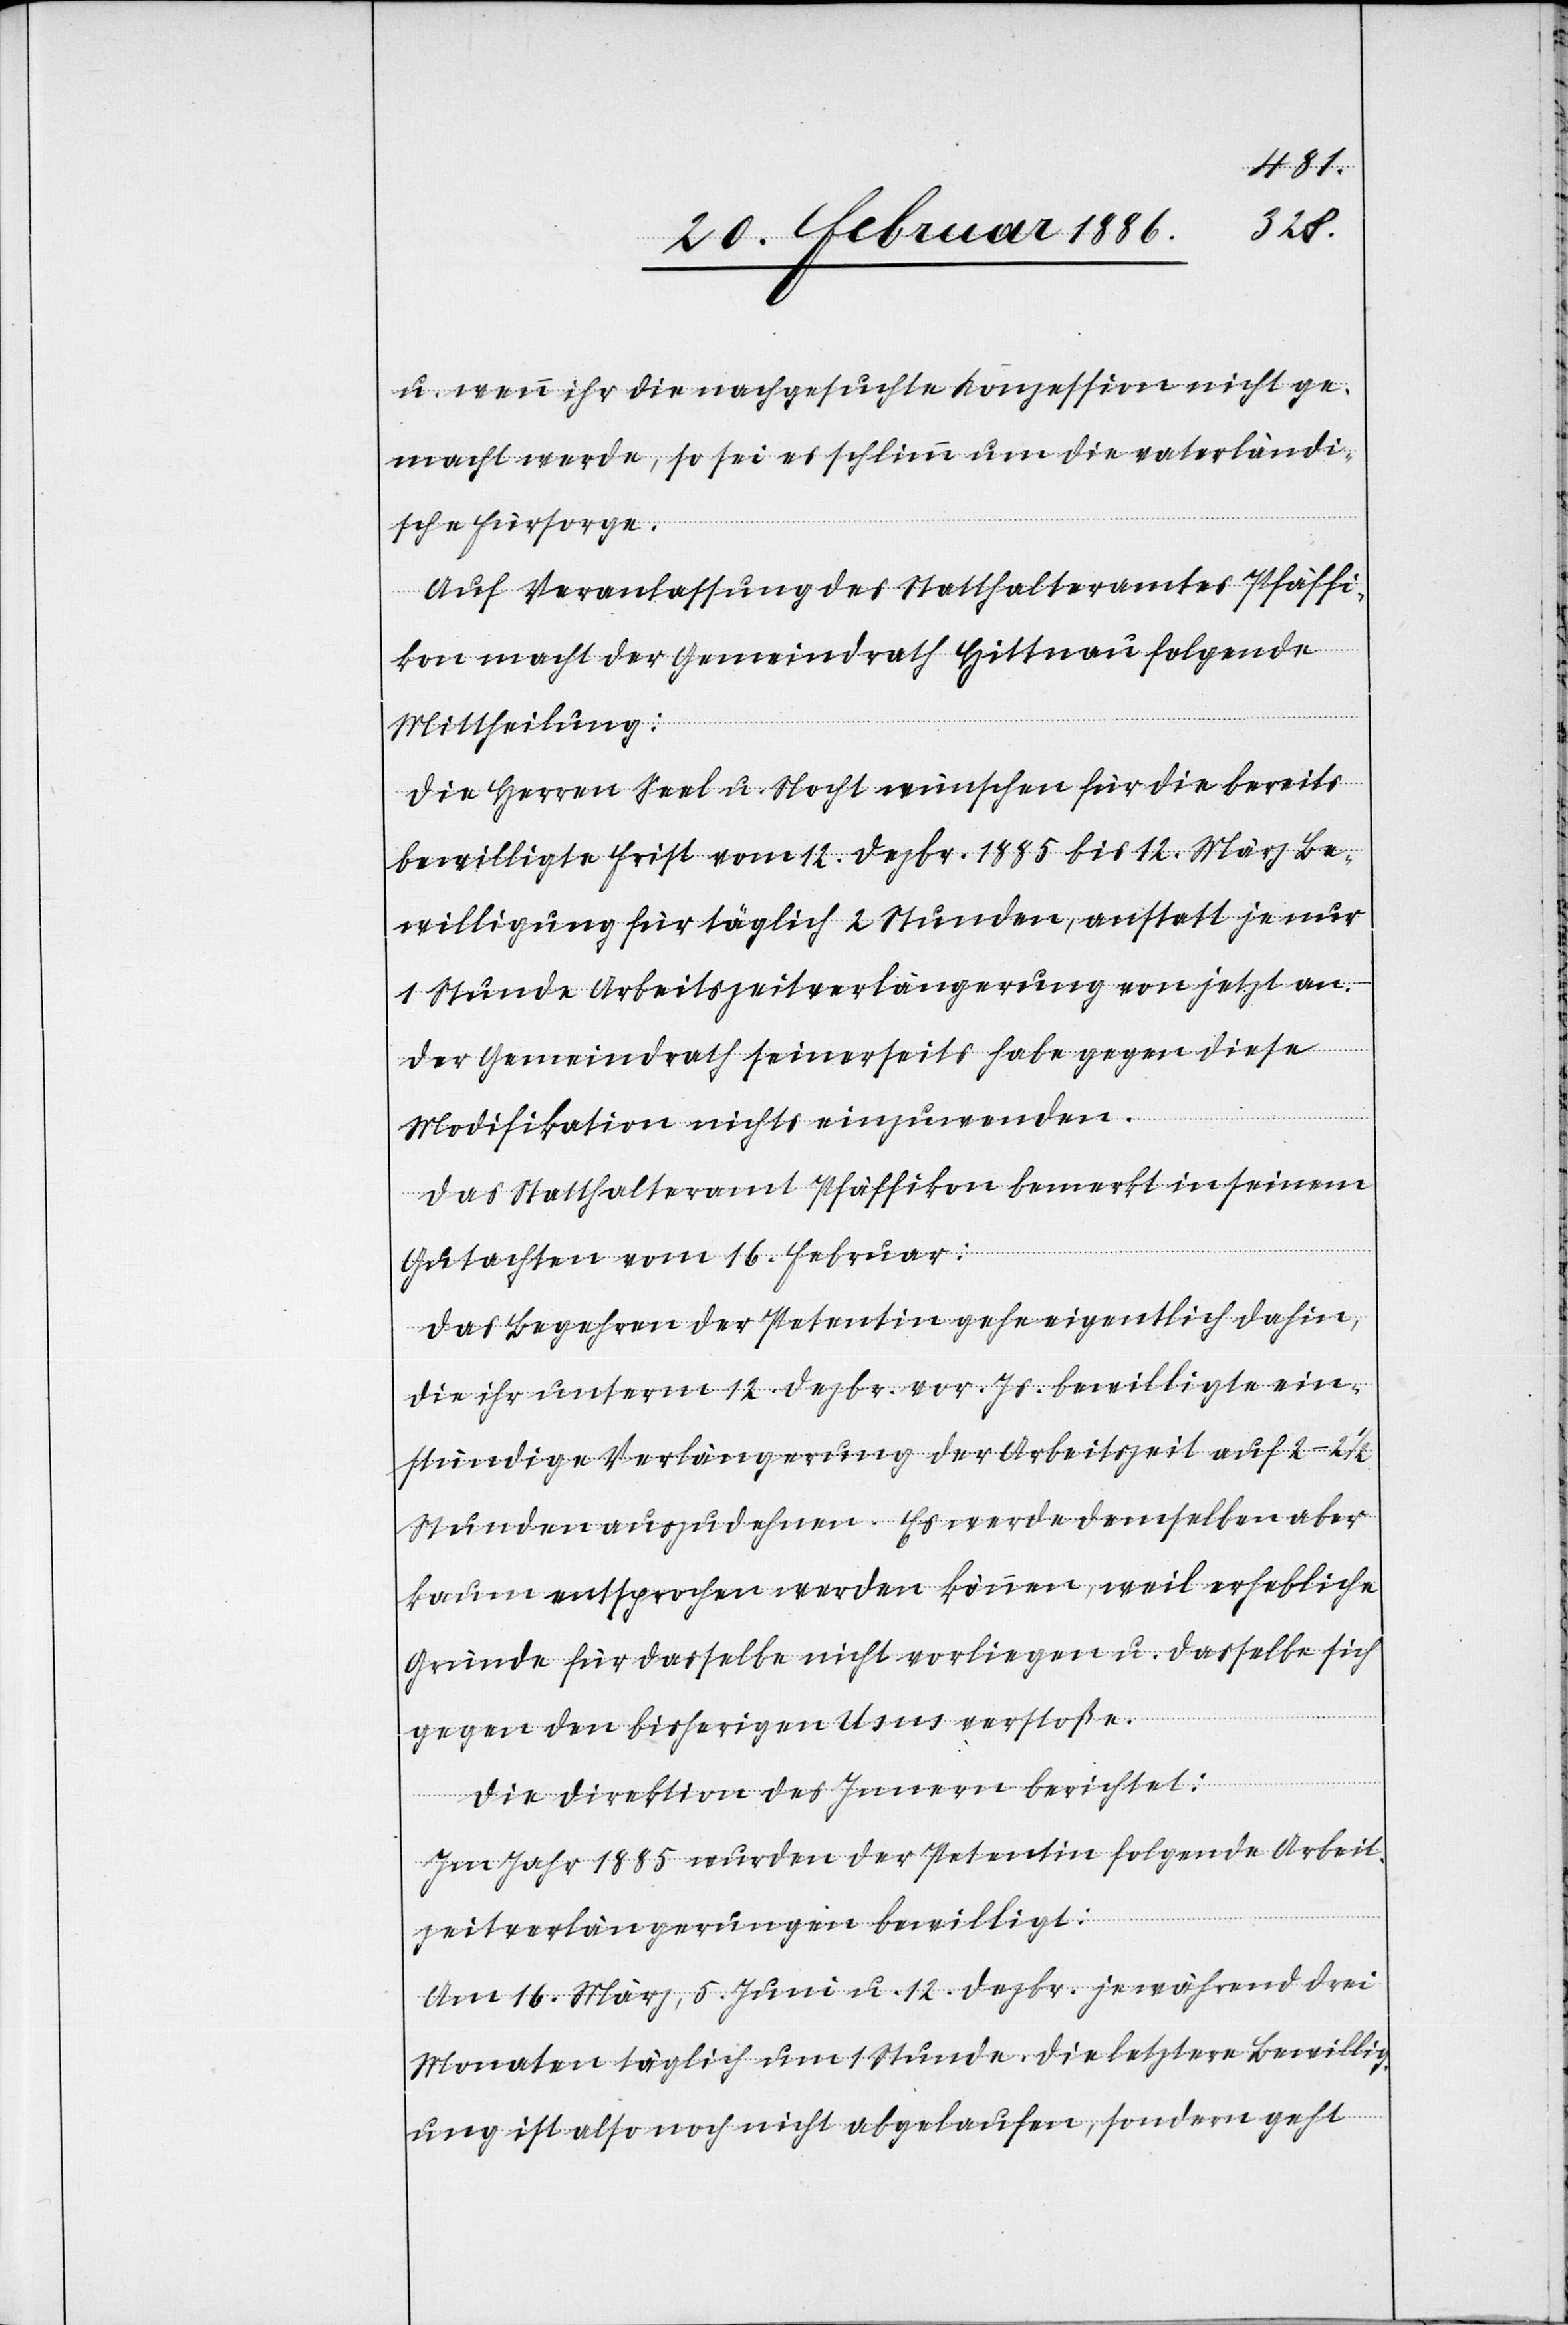
u. wenn ihr die nachgesuchte Konzession nicht ge¬
macht werde, so sei es schlimm um die vaterländi¬
sche Fürsorge.
Auf Veranlassung des Statthalteramtes Pfäffi¬
kon macht der Gemeindrath Hittnau folgende
Mittheilung:
Die Herren Seel u. Nocht wünschen für die bereits
bewilligte Frist vom 12. Dezbr. 1885 bis 12. März Be¬
willigung für täglich 2 Stunden, anstatt je nur
1 Stunde Arbeitszeitverlängerung von jetzt an.
Der Gemeindrath seinerseits habe gegen diese
Modifikation nichts einzuwenden.
Das Statthalteramt Pfäffikon bemerkt in seinem
Gutachten vom 16. Februar:
Das Begehren der Petentin gehe eigentlich dahin,
die ihr unterm 12. Dezbr. vor. Js. bewilligte ein¬
stündige Verlängerung der Arbeitszeit auf 2–21/2
Stunden auszudehnen. Es werde demselben aber
kaum entsprochen werden können, weil erhebliche
Gründe für dasselbe nicht vorliegen u. dasselbe sich
gegen den bisherigen Usus verstoßen.
Die Direktion des Innern berichtet:
Im Jahr 1885 wurden der Petentin folgende Arbeit¬
szeitverlängerungen bewilligt:
Am 16. März 5. Juni u. 12. Dezbr. je während drei
Monaten täglich um 1 Stunde. Die letztere Bewillig¬
ung ist also noch nicht abgelaufen, sondern geht